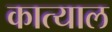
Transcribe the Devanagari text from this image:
कात्याल